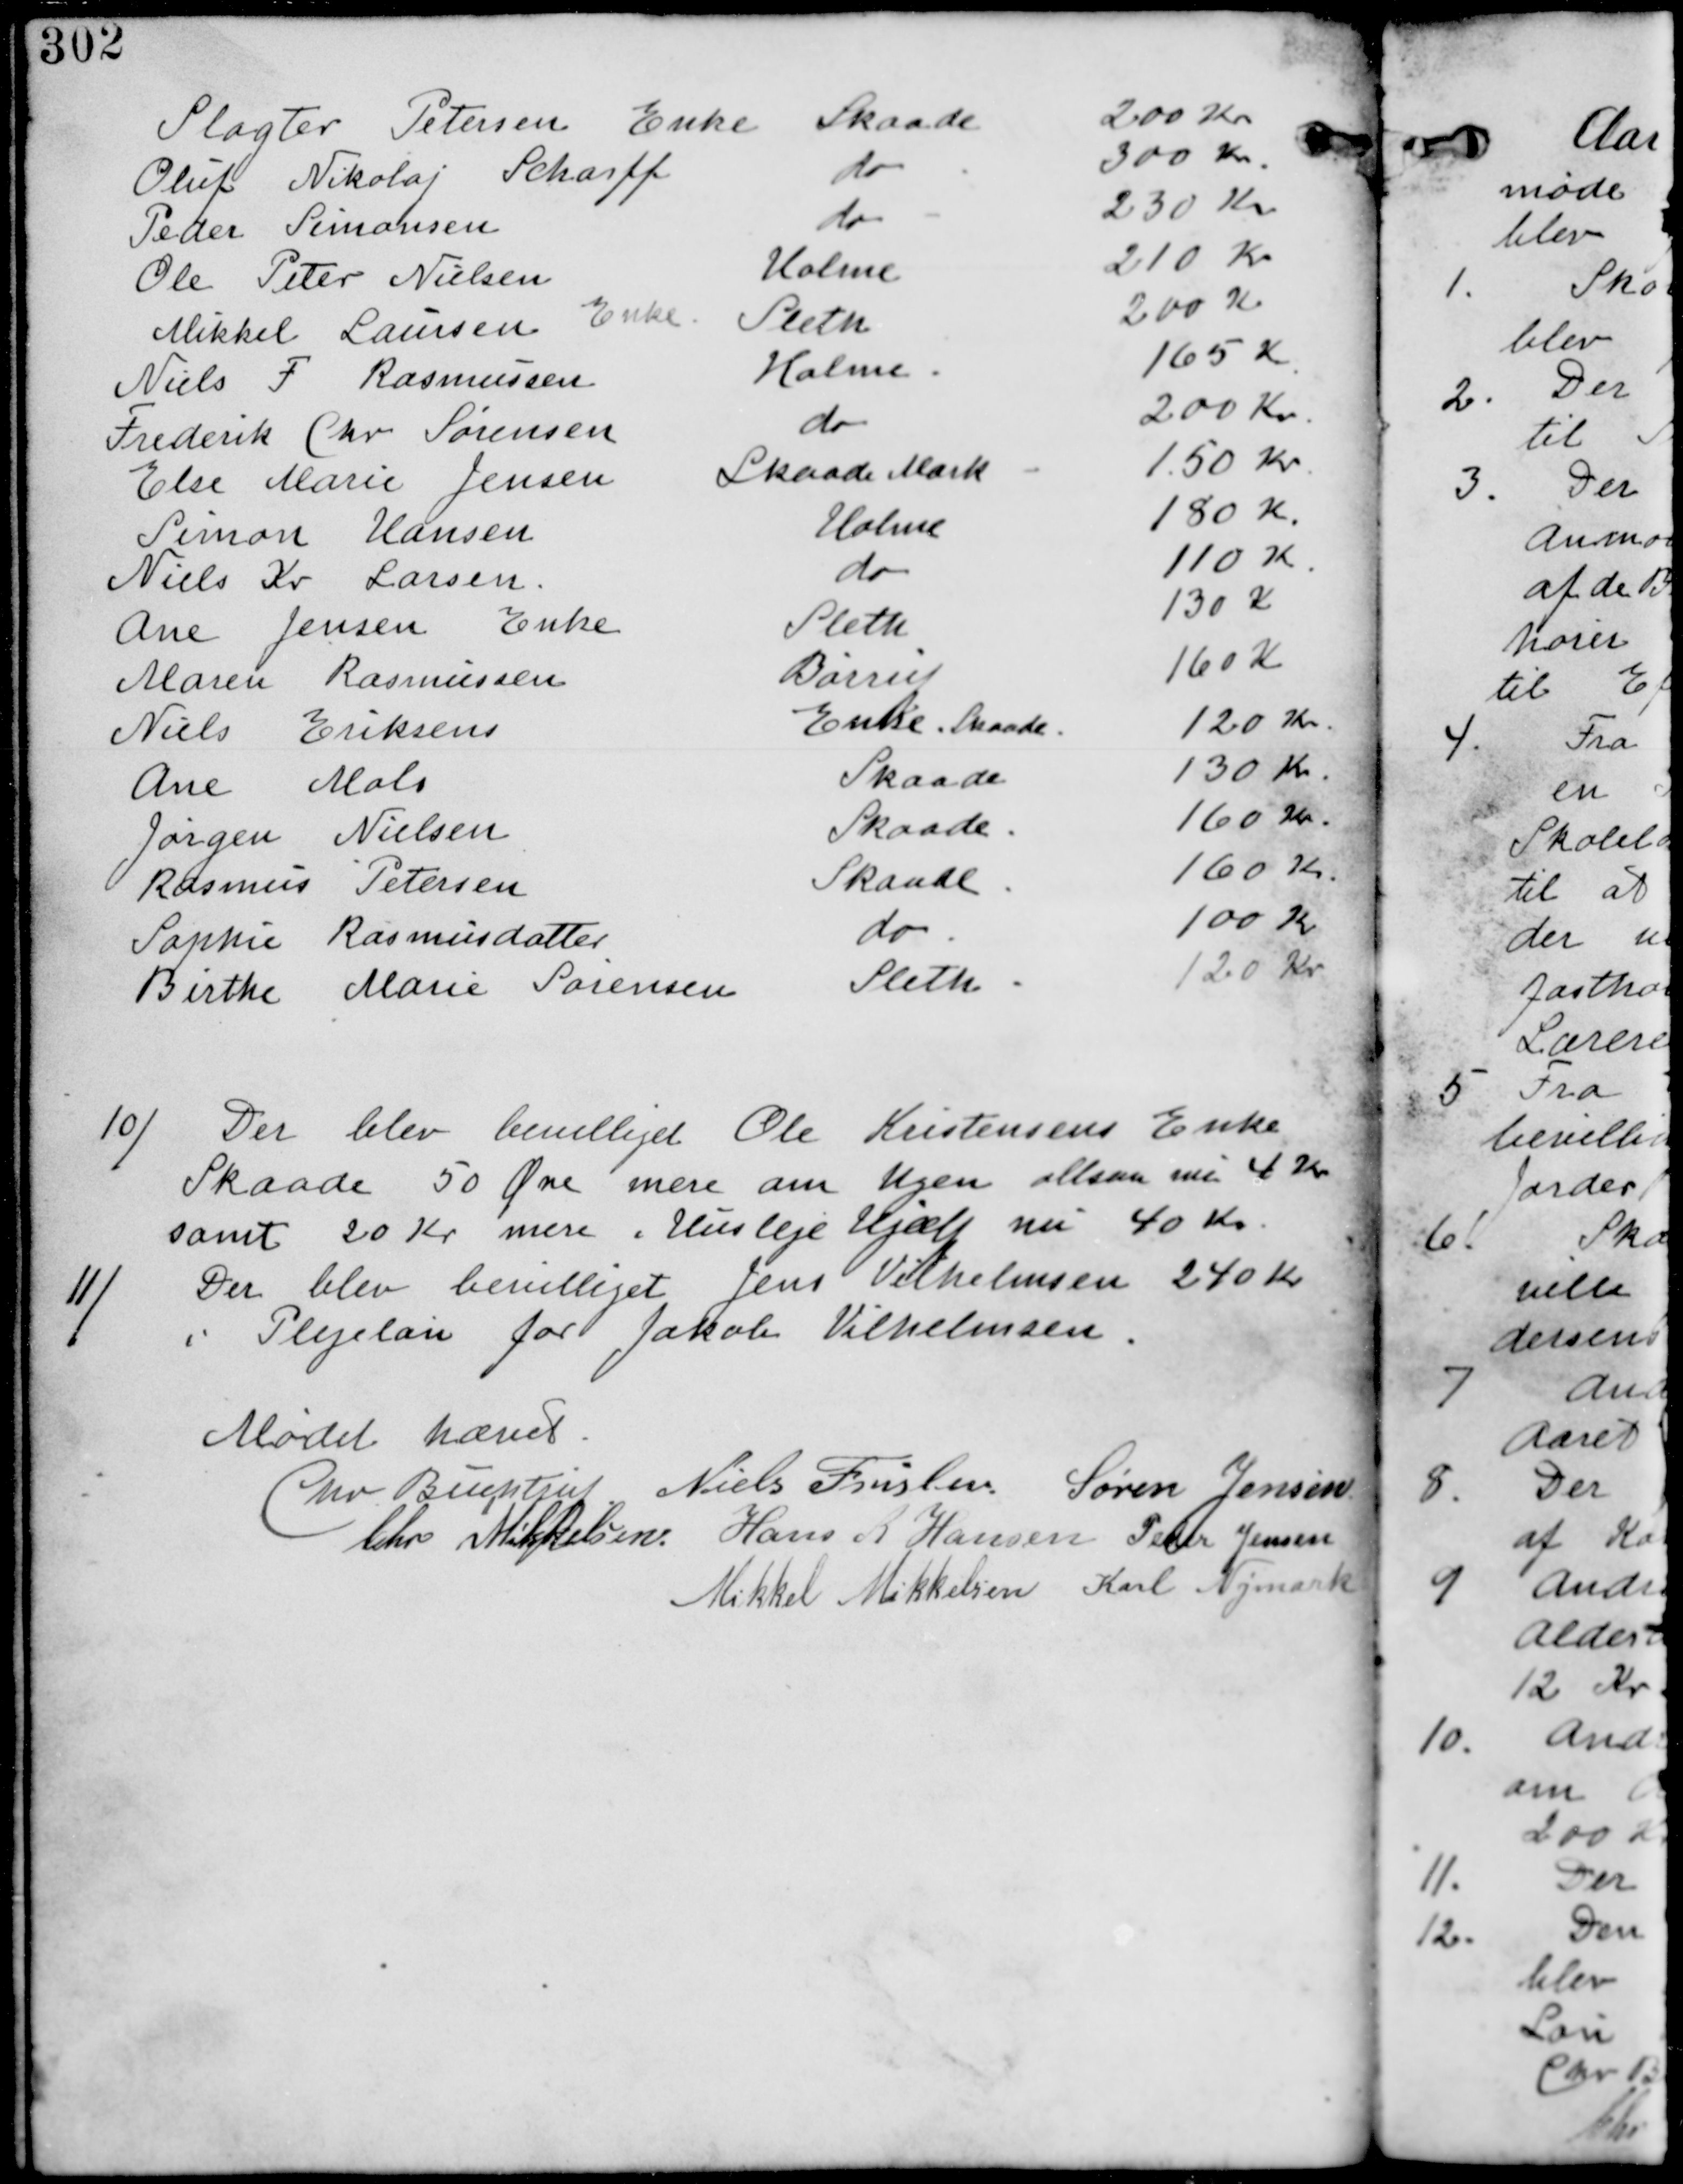
Transskription:
Slagter Petersen Enke Skaade 200 Kr
Oluf Nikolaj Scharff do 300 Kr
Peder Simonsen do 230 Kr
Ole Peter Nielsen Holme 210 Kr
Mikkel Laursen Enke Sleth 200 Kr
Niels F Rasmussen Holme 165 Kr
Frederik Chr Sørensen do 200 Kr
Else Marie Jensen Skaade Mark 150 Kr
Simon Hansen Holme 180 Kr
Niels Kr Larsen do 110 Kr
Ane Jensen Enke Sleth 130 Kr
Maren Rasmussen Børrup 160 Kr
Niels Eriksen Enke Skaade 120 Kr
Ane Mols Skaade 130 Kr
Jørgen Nielsen Skaade 160 Kr
Rasmus Petersen Skaade 160 Kr
Sophie Rasmusdatter do 100 Kr
Birthe Marie Sørensen Sleth 120 Kr

10/ Der blev beviliget Ole Kristensens Enke
Skaade 50 Øre mere om Ugen altsaa nu 4 Kr
samt 20 Kr mere i Husleje Hjælp nu 40 Kr.

11/ Der blev bevilliget Jens Vilhelmsen 240 Kr
i Plejeløn for Jakob Vilhelmsen.

Mødet hævet
Chr Buchtrup. Niels Frislev Søren Jensen
Chr Mikkelsen Hans R. Hansen Peder Jensen
Mikkel Mikkelsen Karl Nymark